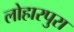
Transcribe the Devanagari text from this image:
लोहारपुरा